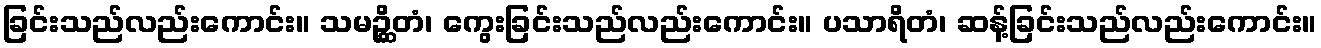
ခြင်းသည်လည်းကောင်း။ သမဉ္ဆိတံ၊ ကွေးခြင်းသည်လည်းကောင်း။ ပသာရိတံ၊ ဆန့်ခြင်းသည်လည်းကောင်း။